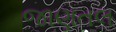
જાણતલ